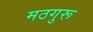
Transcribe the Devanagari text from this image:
मठगुरू